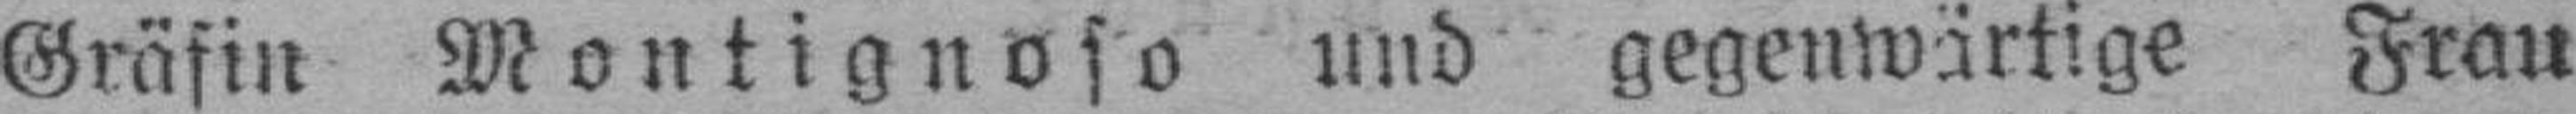
Gräfin Montignoso und gegenwärtige Frau